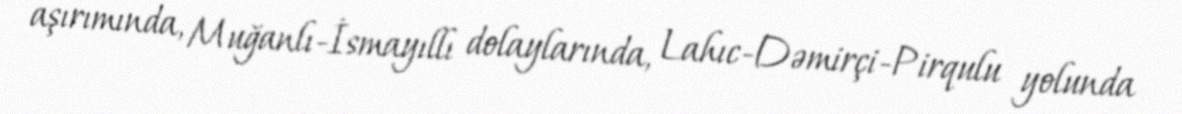
aşırımında, Muğanlı-İsmayıllı dolaylarında, Lahıc-Dəmirçi-Pirqulu yolunda